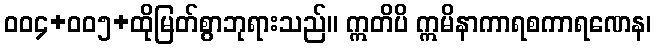
ဝဝ၄+ဝဝ၅+ထိုမြတ်စွာဘုရားသည်။ ဣတိပိ ဣမိနာကာရစကာရဏေန၊